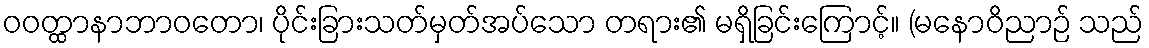
ဝဝတ္ထာနာဘာဝတော၊ ပိုင်းခြားသတ်မှတ်အပ်သော တရား၏ မရှိခြင်းကြောင့်။ (မနောဝိညာဉ် သည်